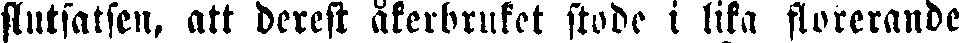
slntsatsen, att derest åkerbruket stode i lika florerande